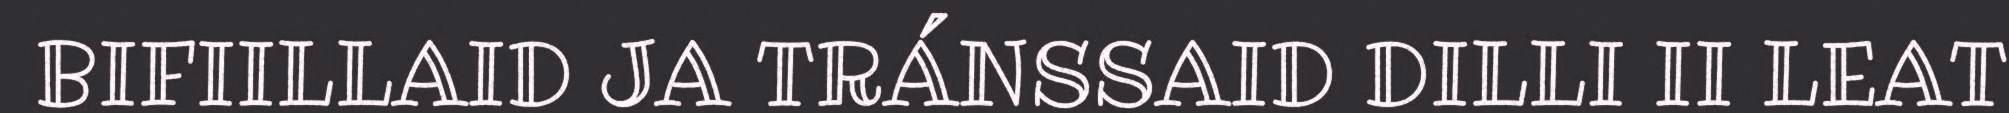
BIFIILLAID JA TRÁNSSAID DILLI II LEAT